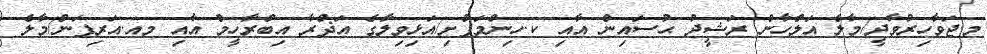
މ.ޖަވާހިރުވާދީ/މާލެ އަލްހާން ރަޝީދު ޙުސައިން އާއި ކ.ހިންމަފުށި/އަޅިވިލާގެ އަޛްރާ އިބްރާހީމް އާއި މއ.އަރިފަން/މާލެ